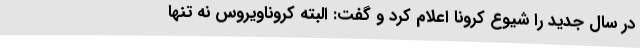
در سال جدید را شیوع کرونا اعلام کرد و گفت: البته کروناویروس نه تنها